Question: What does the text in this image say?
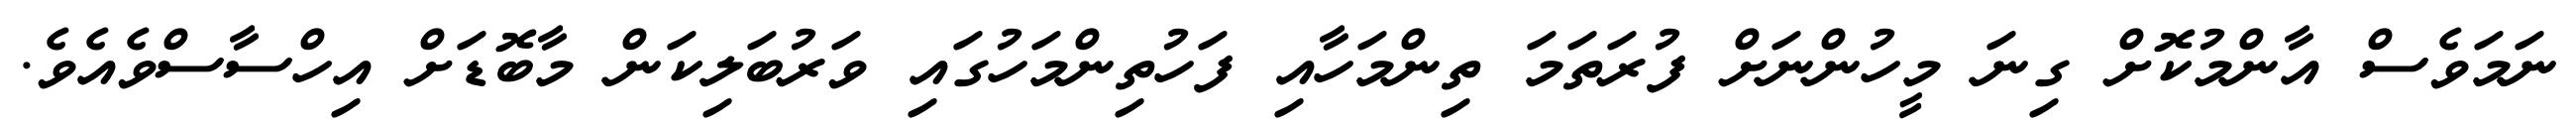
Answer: ނަމަވެސް އާންމުކޮށް ގިނަ މީހުންނަށް ފުރަތަމަ ތިންމަހާއި ފަހުތިންމަހުގައި ވަރުބަލިކަން މާބޮޑަށް އިހްސާސްވެއެވެ.